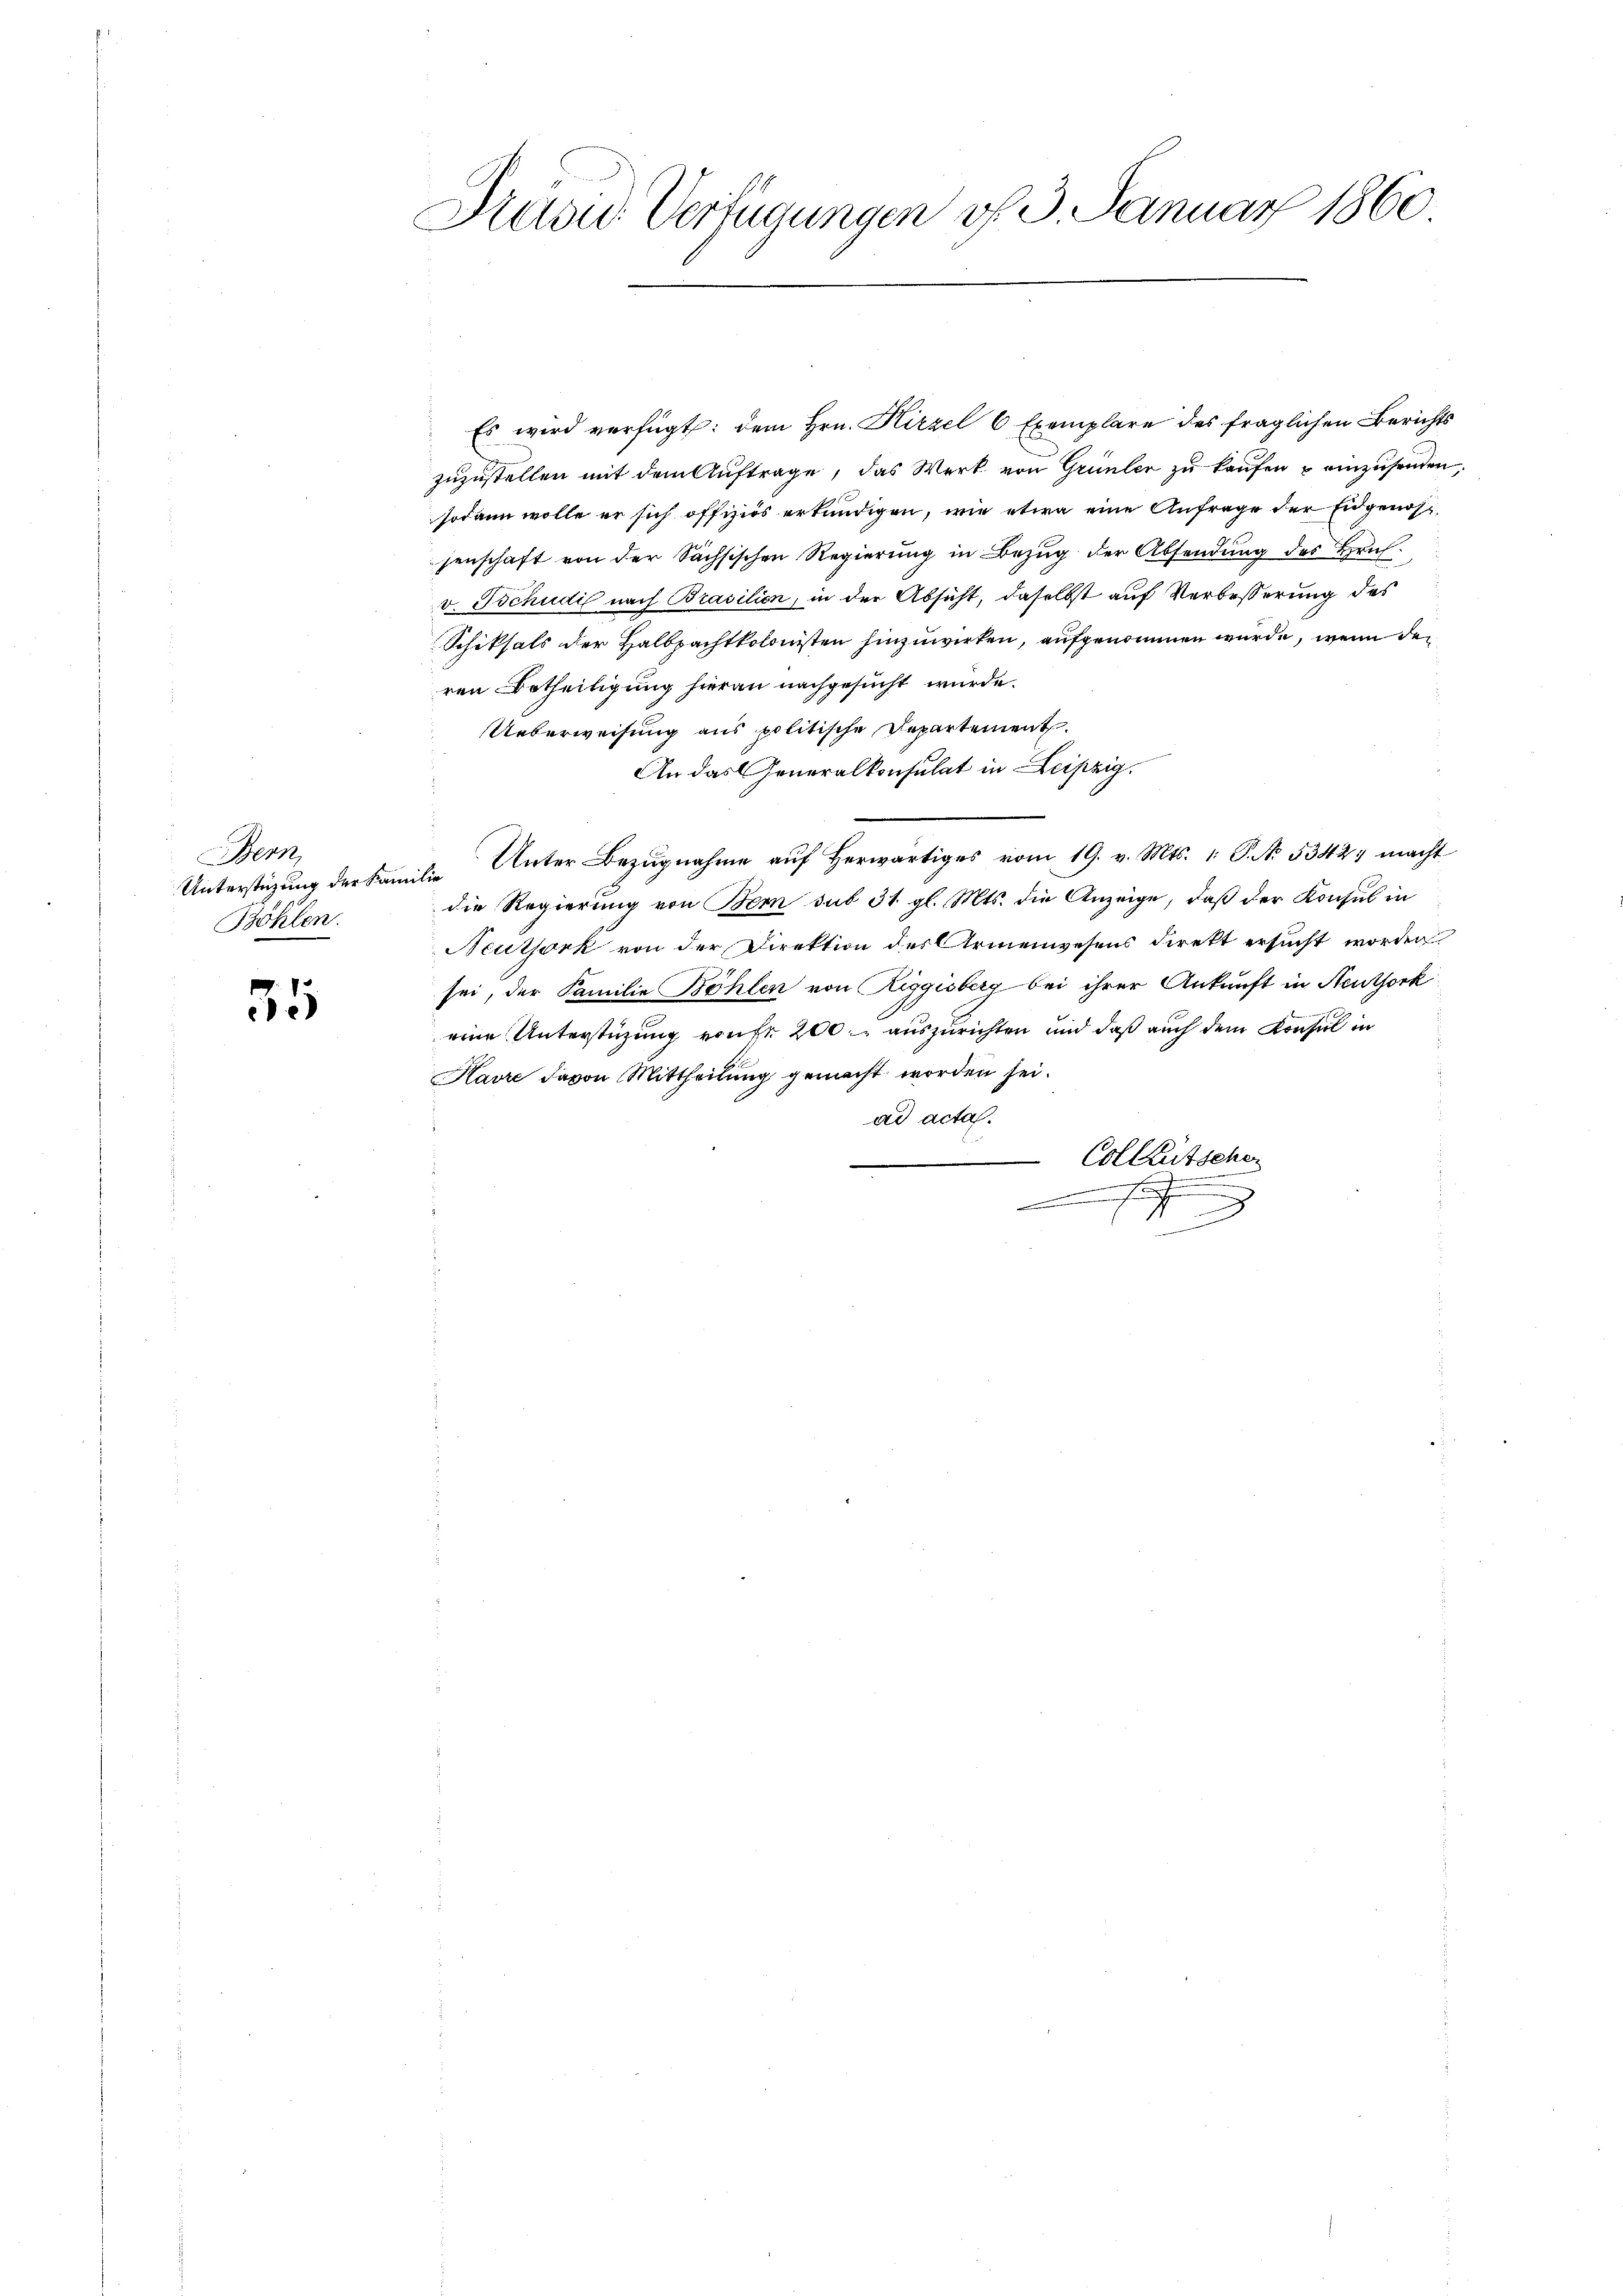
Bern,
Böhlen.

35

Dradid Verfügungen v. 3. Januar 1860

zuzustellen mit dem Auftrage, das Werk von Grünler zu kaufen u einzusenden,
sodann wolle er sich offiziös erkundigen, wie etwa eine Anfrage der Eidgenossenschaft von der Sachsischen Regierŭng in Bezŭg der Absendŭng des Hrn.
v. Tschudi nach Brasilien, in der Absicht, daselbst auf Verbesserung des
Schiksals der Halbpachtkolonisten hinzuwirken, aufgenommen wurde, wenn den
ren Betheiligung hieran nachgesucht würde.
Ueberweisung aus politische Departement.
An das Generalkonsulat in Leipzig,
Unterstüzung der Familie Unter Bezugnahme auf herwärtiges vom 19. v. Mts. 1. P. N. 53427 macht
die Regierung von Bem sub 31. gl. Mts. die Anzeige, daß der Konsul in
Neuthork von der Direktion des Armenwesens direkt ersucht worden
sei, der Familie Böhlen von Riggisberg bei ihrer Ankunft in Neuthork
eine Unterstüzung von fr 200 auszurichten und daß auch dem Konsul in
Kavre davon Mittheilung gemacht worden sei.
ad acta.
 Colleütscher
n Feuche
b
.

Es wird verfügt: dem Hrn. Hirzel 6 Exemplare des fraglichen Berichts